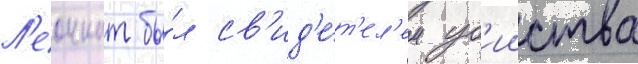
Л'еоннат бы́л св'ид'е́т'ел'ем уб'ииства